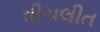
વીચલીત